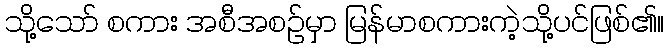
သို့သော် စကား အစီအစဉ်မှာ မြန်မာစကားကဲ့သို့ပင်ဖြစ်၏။